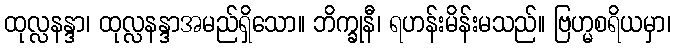
ထုလ္လနန္ဒာ၊ ထုလ္လနန္ဒာအမည်ရှိသော။ ဘိက္ခုနီ၊ ရဟန်းမိန်းမသည်။ ဗြဟ္မစရိယမှာ၊